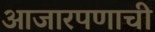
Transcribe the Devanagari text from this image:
आजारपणाची